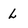
Character: L